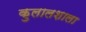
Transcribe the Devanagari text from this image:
कुलालशाला